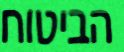
הביטוח